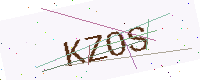
Text: KZOS